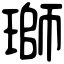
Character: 瑡